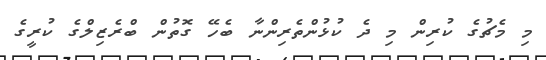
މި މެޗުގެ ކުރިން މި ދެ ކުޅުންތެރިންނާ ބެހޭ ގޮތުން ބްރެޒިލްގެ ކުރީގެ